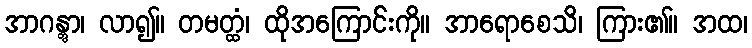
အာဂန္တွာ၊ လာ၍။ တမတ္ထံ၊ ထိုအကြောင်းကို။ အာရောစေသိ၊ ကြား၏။ အထ၊